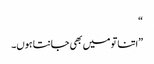
“
”اتنا تو میں بھی جانتا ہوں۔